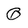
Character: Q